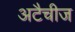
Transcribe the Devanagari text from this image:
अटैचीज